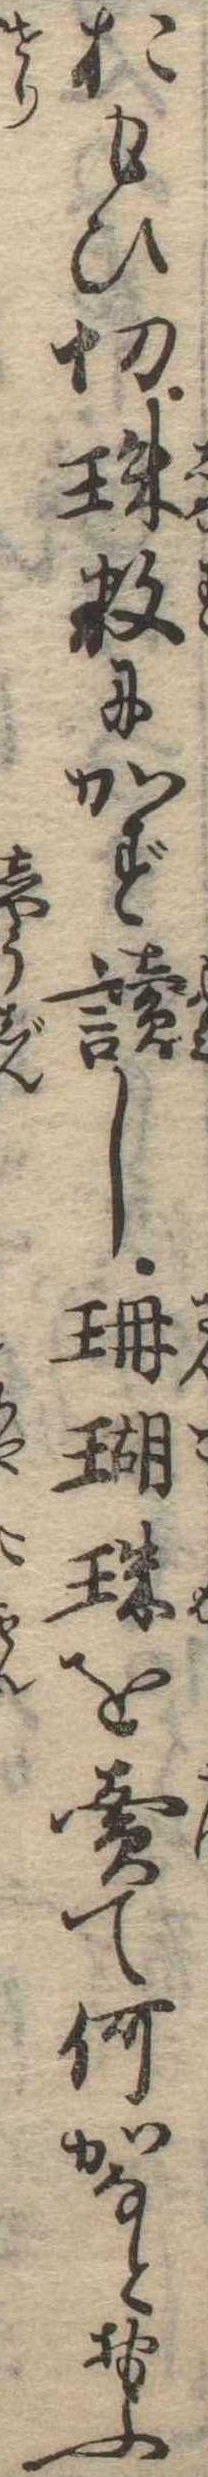
おもひ切珠数にかず読し珊瑚珠を売て何がなとおもふ